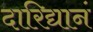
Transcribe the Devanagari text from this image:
दारिद्यानं